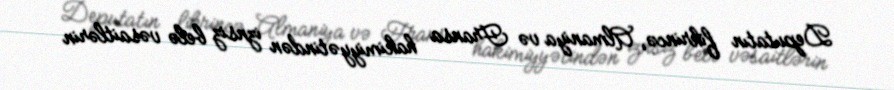
Deputatın fikrincə, Almaniya və Fransa hakimiyyətindən iznsiz belə vəsaitlərin